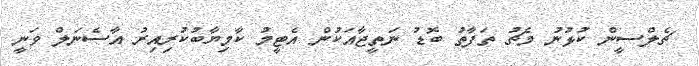
ޗެލްސީން ކުޅުނު މެޗު ތަފާތު ބޮޑު ނަތީޖާއަކުން އެޓީމު ކާމިޔާބުކުރިއިރު އާސެނަލް ވަނީ